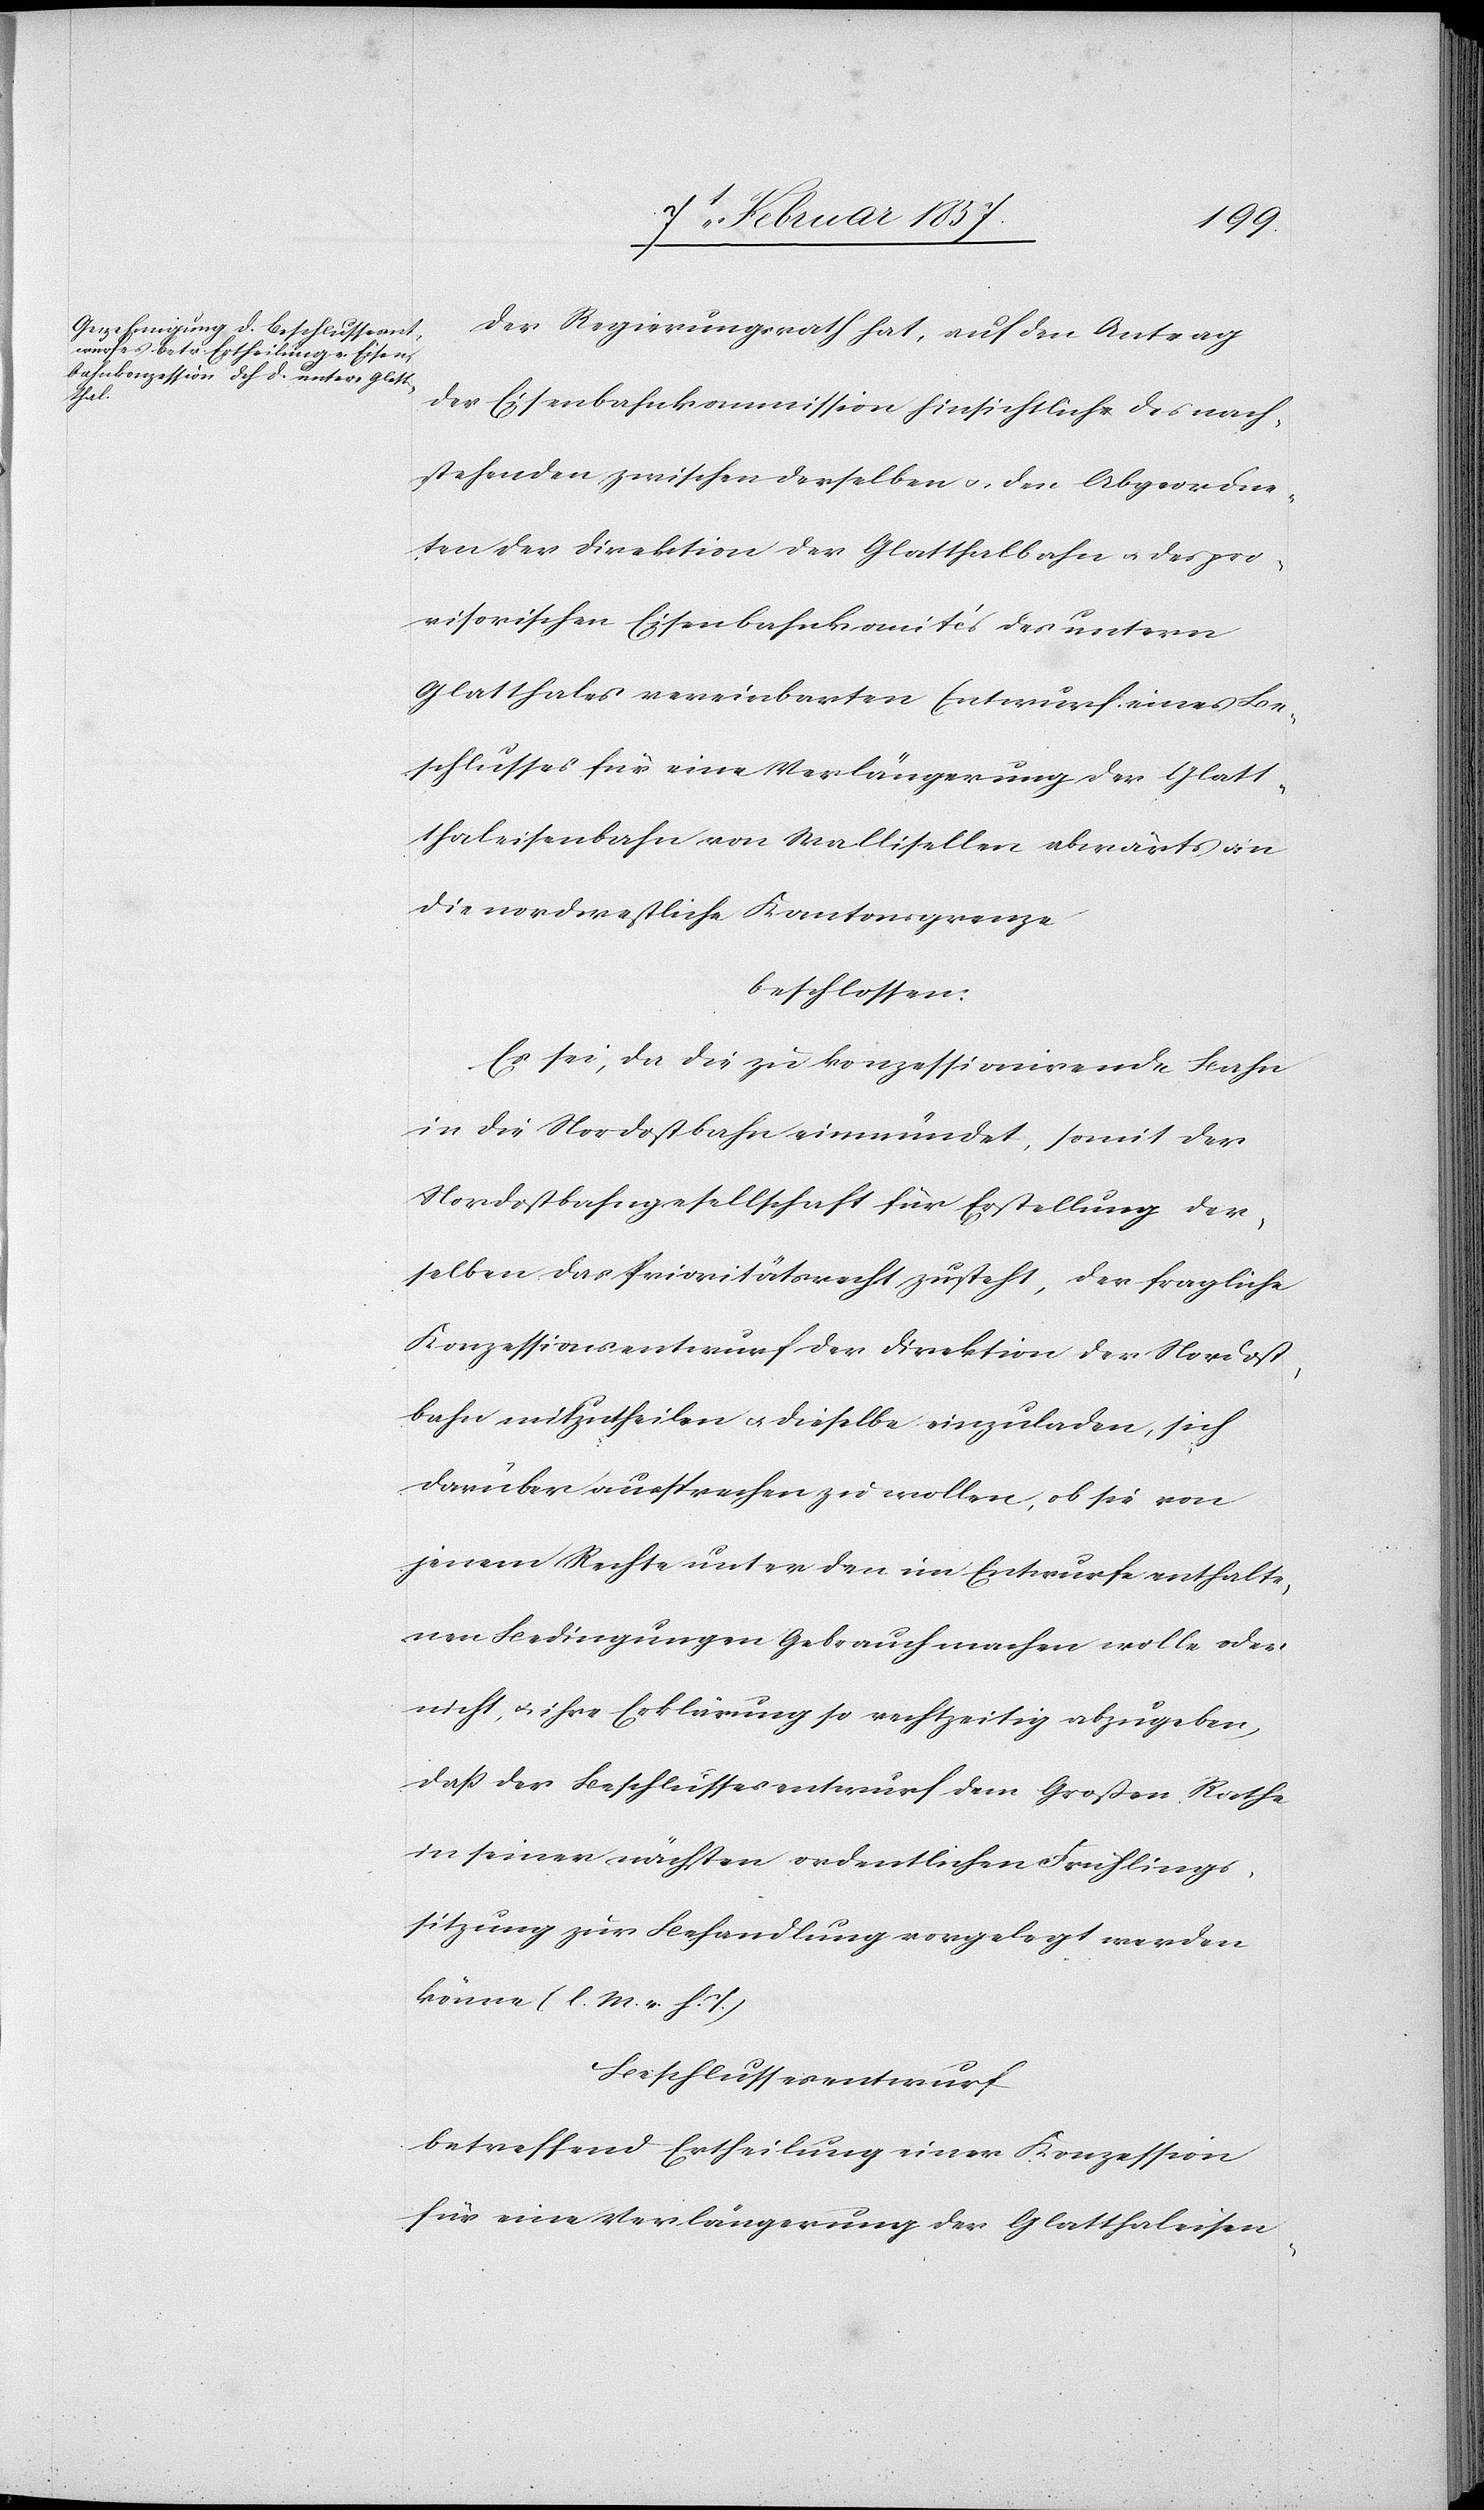
Der Regierungsrath hat, auf den Antrag
der Eisenbahnkommission hinsichtlich des nach¬
stehenden zwischen derselben u. den Abgeordne¬
ten der Direktion der Glatthalbahn u. des pro¬
visorischen Eisenbahnkomités des untern
Glatthales vereinbarten Entwurf eines Be¬
schlusses für eine Verlängerung der Glatt¬
thaleisenbahn von Wallisellen abwärts an
die nordwestliche Kantonsgrenze
beschlossen:
Es sei, da die zu konzessionirende Bahn
in die Nordostbahn einmündet, somit der
Nordostbahngesellschaft für Erstellung der¬
selben das Prioritätsrecht zusteht, der fragliche
Konzessionsentwurf der Direktion der Nordost¬
bahn mitzutheilen u. dieselbe einzuladen, sich
darüber aussprechen zu wollen, ob sie von
jenem Rechte unter den im Entwurfe enthalte¬
nen Bedingungen Gebrauch machen wolle oder
nicht u. ihre Erklärung so rechtzeitig abzugeben,
dass der Beschlussesentwurf dem Grossen Rathe
in seiner nächsten ordentlichen Frühlings¬
sitzung zur Behandlung vorgelegt werden
könne (l. M. v. h. T)
Beschlussesentwurf
betreffend Ertheilung einer Konzession
für eine Verlängerung der Glatthaleisen-